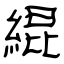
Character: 緄